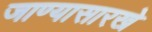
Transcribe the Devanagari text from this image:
जाण्यासारखे